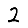
Digit: 2